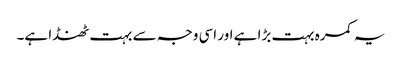
یہ کمرہ بہت بڑا ہے اور اسی وجہ سے بہت ٹھنڈا ہے۔